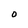
Character: O